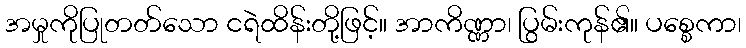
အမှုကိုပြုတတ်သော ငရဲထိန်းတို့ဖြင့်။ အာကိဏ္ဏာ၊ ပြွမ်းကုန်၏။ ပစ္စေကာ၊